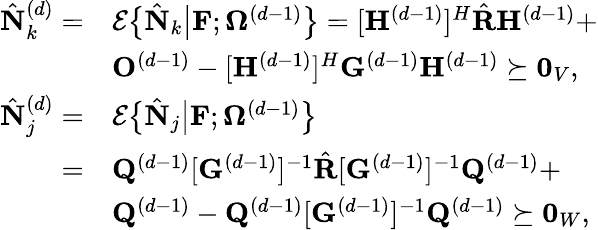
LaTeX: \begin{array}{rl}{\hat{\mathbf{N}}_{k}^{(d)}=}&{\mathcal{E}\big\{ \hat{\mathbf{N}}_{k}\big\vert\mathbf{F};\boldsymbol{\Omega}^{(d-1)}\big\} =[\mathbf{H}^{(d-1)}]^{H}\hat{\mathbf{R}}\mathbf{H}^{(d-1)}+}\\ &{\mathbf{O}^{(d-1)}-[\mathbf{H}^{(d-1)}]^{H}\mathbf{G}^{(d-1)}\mathbf{H}^{(d-1)}\succeq\mathbf{0}_{V},}\\ {\hat{\mathbf{N}}_{j}^{(d)}=}&{\mathcal{E}\big\{ \hat{\mathbf{N}}_{j}\big\vert\mathbf{F};\boldsymbol{\Omega}^{(d-1)}\big\} }\\ {=}&{\mathbf{Q}^{(d-1)}[\mathbf{G}^{(d-1)}]^{-1}\hat{\mathbf{R}}[\mathbf{G}^{(d-1)}]^{-1}\mathbf{Q}^{(d-1)}+}\\ &{\mathbf{Q}^{(d-1)}-\mathbf{Q}^{(d-1)}[\mathbf{G}^{(d-1)}]^{-1}\mathbf{Q}^{(d-1)}\succeq\mathbf{0}_{W},}\end{array}